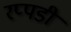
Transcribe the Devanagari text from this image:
रप्पडी